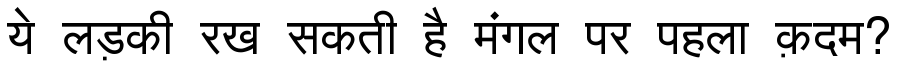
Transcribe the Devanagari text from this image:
ये लड़की रख सकती है मंगल पर पहला क़दम?